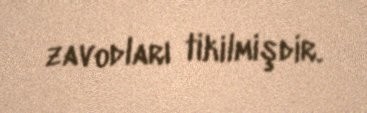
zavodları tikilmişdir.